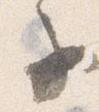
子